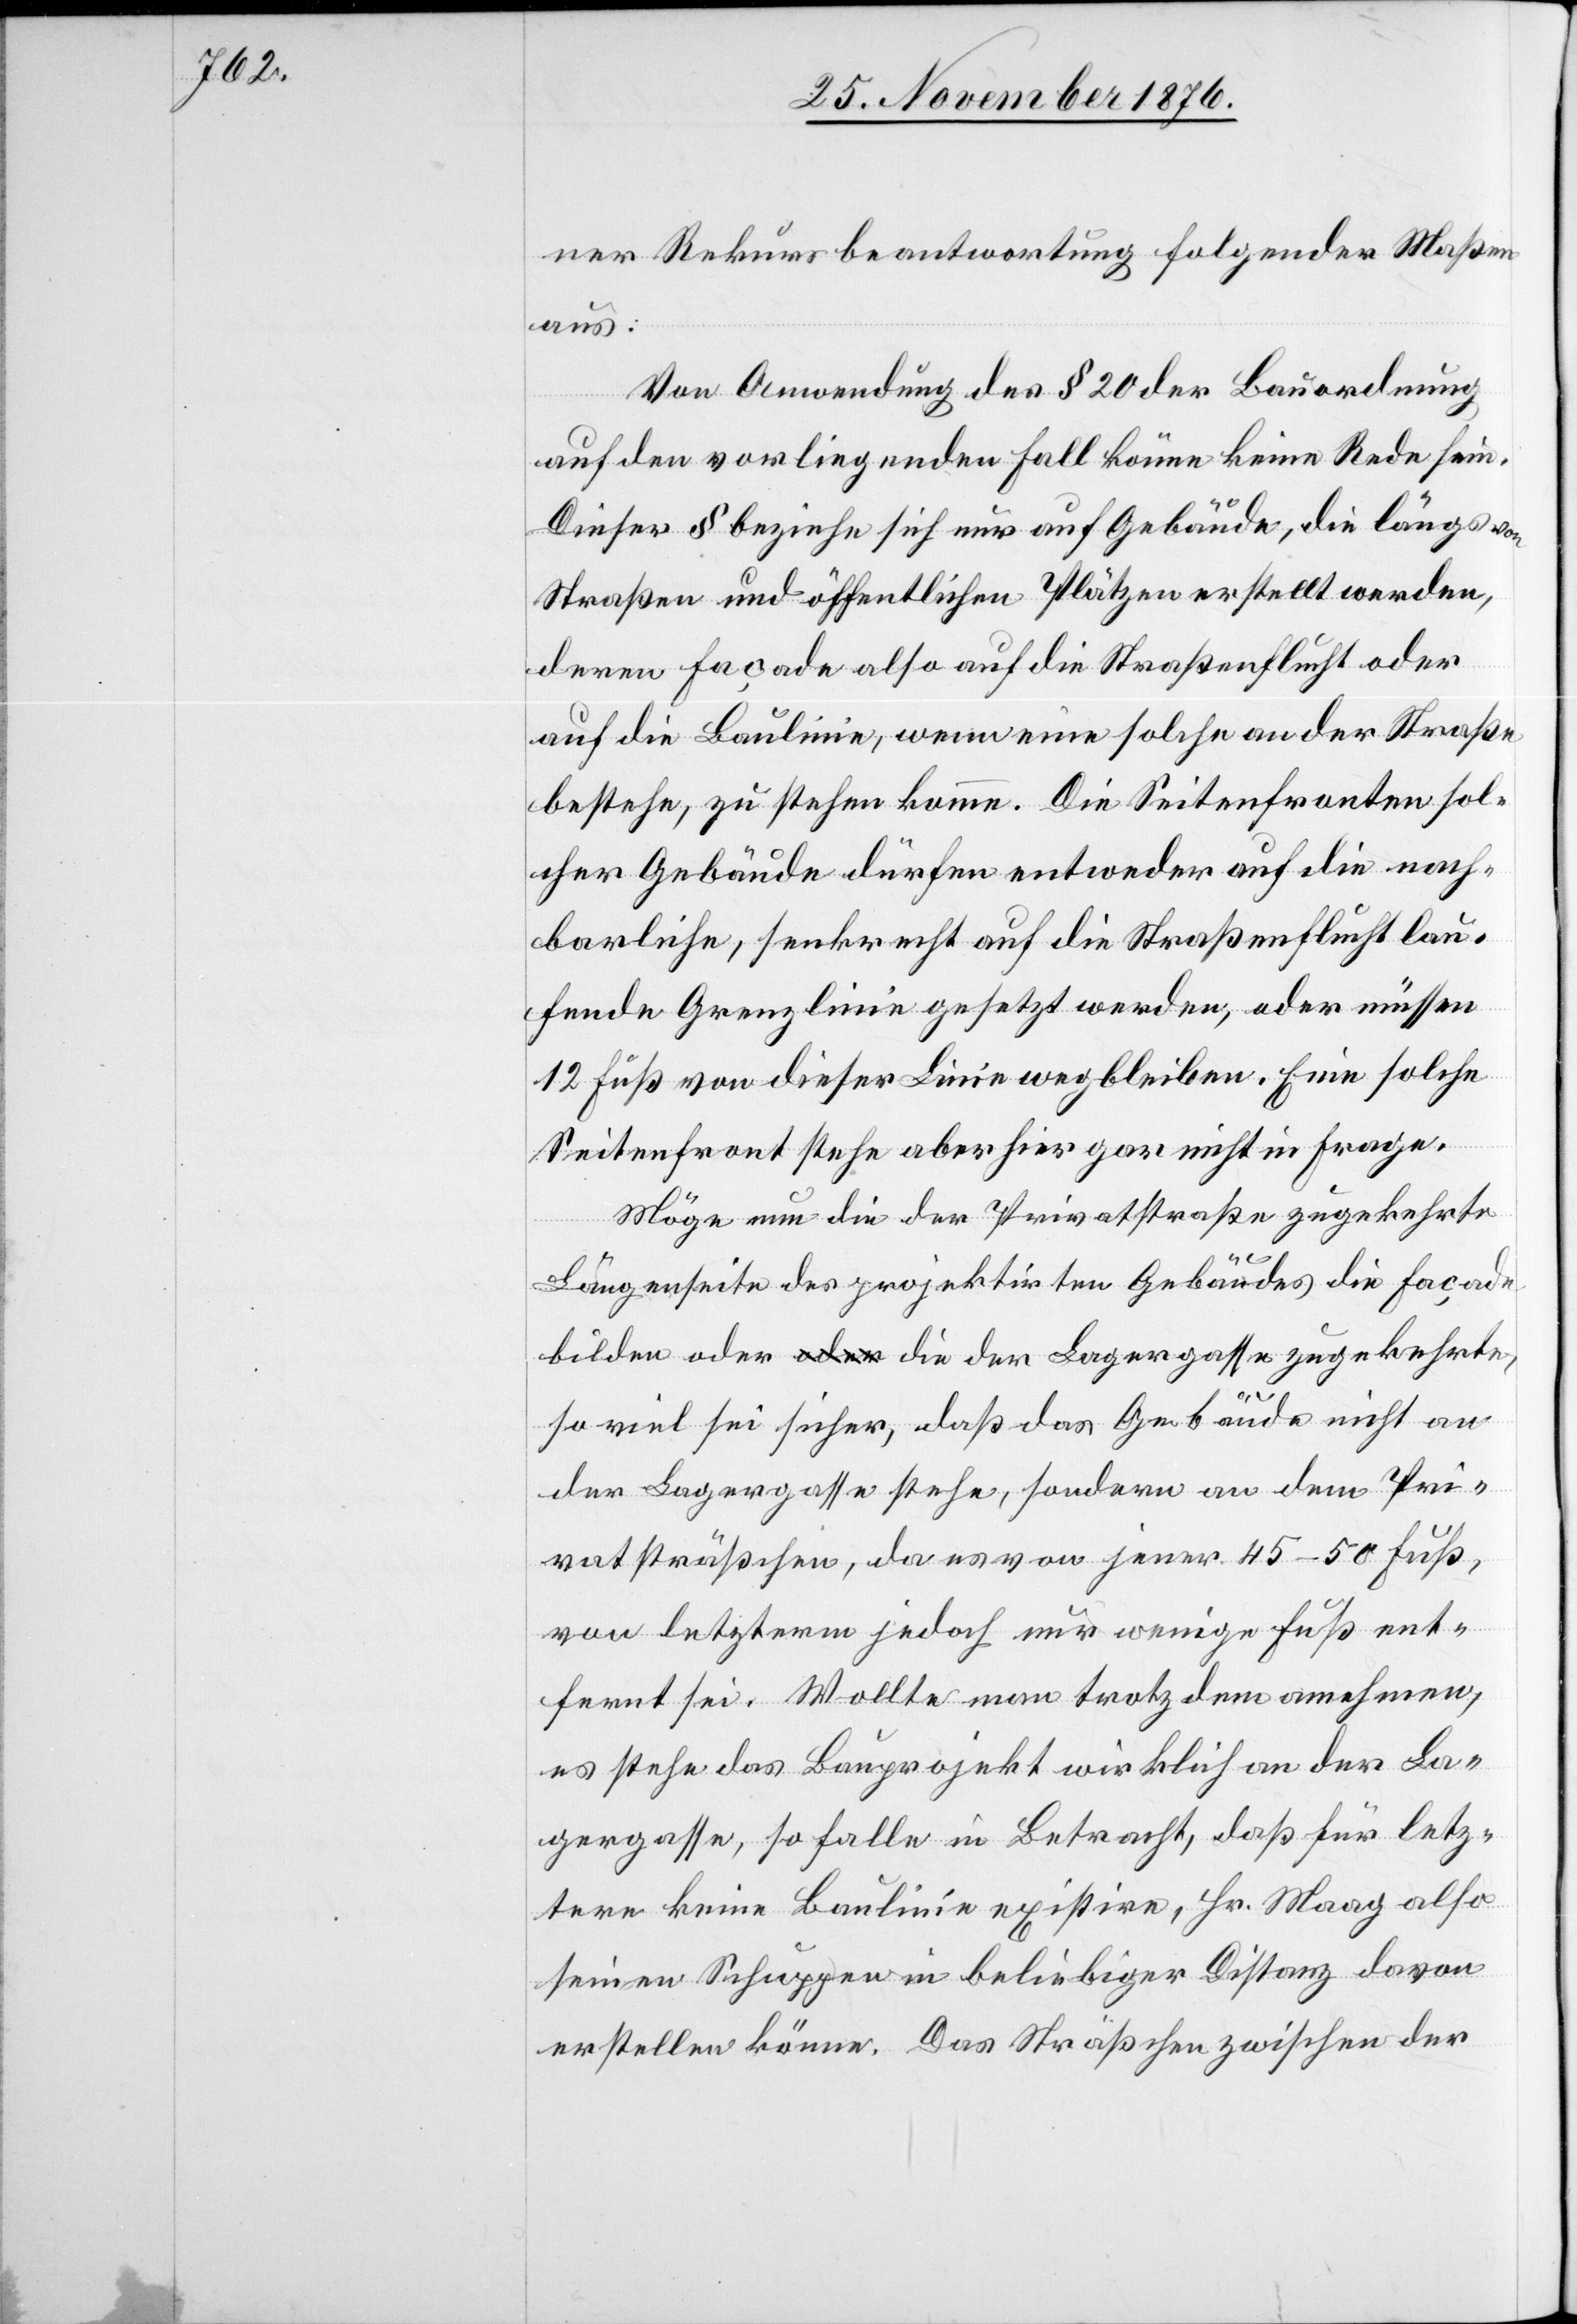
ner Rekursbeantwortung folgender Maßen
aus:
Von Anwendung des § 20 der Bauordnung
auf den vorliegenden Fall könne keine Rede sein.
Dieser § beziehe sich nur auf Gebäude, die längs von
Straßen und öffentlichen Plätzen erstellt werden,
deren Façade also auf die Straßenflucht oder
auf die Baulinie, wenn eine solche an der Straße
bestehe, zu stehen komme. Die Seitenfronten sol¬
cher Gebäude dürfen entweder auf die nach¬
barliche, senkrecht auf die Straßenflucht lau¬
fende Grenzlinie gesetzt werden, oder müssen
12 Fuß von dieser Linie wegbleiben. Eine solche
Seitenfront stehe aber hier gar nicht in Frage.
Möge nun die der Privatstraße zugekehrte
Längenseite des projektirten Gebäudes die Façade
bilden oder die der Lagergasse zugekehrte,
so viel sei sicher, daß das Gebäude nicht an
der Lagergasse stehe, sondern an dem Pri¬
vatsträßchen, da es von jener 45–50 Fuß,
von letzterm jedoch nur wenige Fuß ent¬
fernt sei. Wollte man trotzdem annehmen,
es stehe das Bauprojekt wirklich an der La¬
gergasse, so falle in Betracht, daß für letz¬
tere keine Baulinie existire, Hr. Maag also
seinen Schuppen in beliebiger Distanz davon
erstellen könne. Das Sträßchen zwischen der